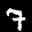
Label: 7